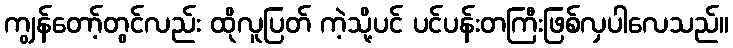
ကျွန်တော့်တွင်လည်း ထိုလူပြတ် ကဲ့သို့ပင် ပင်ပန်းတကြီးဖြစ်လှပါလေသည်။